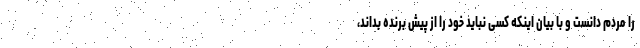
را مردم دانست و با بیان اینکه کسی نباید خود را از پیش برنده بداند،